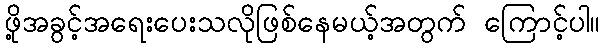
ဖို့အခွင့်အရေးပေးသလိုဖြစ်နေမယ့်အတွက် ကြောင့်ပါ။